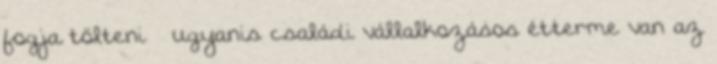
fogja tölteni – ugyanis családi vállalkozásos étterme van az